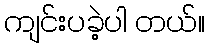
ကျင်းပခဲ့ပါ တယ်။